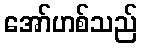
အော်ဟစ်သည်